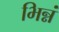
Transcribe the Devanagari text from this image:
भिन्नं